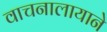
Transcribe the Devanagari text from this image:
वाचनालायाने